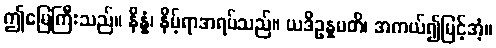
ဤမြေကြီးသည်။ နိန္နံ၊ နိမ့်ရာအရပ်သည်။ ယဒိဥန္နမတိ၊ အကယ်၍မြင့်အံ့။